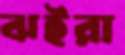
ঝইরা